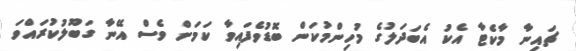
ޗައިނާ މާކެޓާ އެކު އެބަދަލުގެ މުހިންމުކަން ބޮޑުވެފައިވާ ކަމަށް ވެސް އޭނާ ގަބޫލުކުރައްވަ